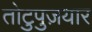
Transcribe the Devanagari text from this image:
तोटुपुज़यार